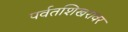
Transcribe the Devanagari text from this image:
पर्वतशिखरावर